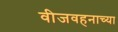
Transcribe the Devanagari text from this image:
वीजवहनाच्या